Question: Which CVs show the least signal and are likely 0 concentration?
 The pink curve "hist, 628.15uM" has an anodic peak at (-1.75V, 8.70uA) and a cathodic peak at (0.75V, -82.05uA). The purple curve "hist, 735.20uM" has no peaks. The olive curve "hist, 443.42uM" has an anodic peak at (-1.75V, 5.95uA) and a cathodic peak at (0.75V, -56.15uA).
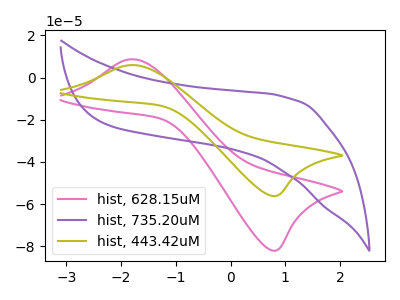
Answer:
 <answer>"hist, 735.20uM" is likely to be a blank.</answer>
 <eval>hist, 735.20uM</eval>